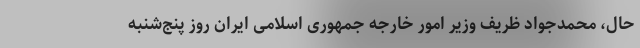
حال، محمدجواد ظریف وزیر امور خارجه جمهوری اسلامی ایران روز پنج‌شنبه